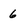
Character: 6